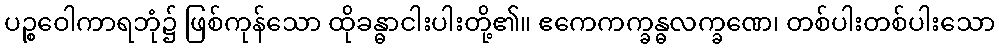
ပဉ္စဝေါကာရဘုံ၌ ဖြစ်ကုန်သော ထိုခန္ဓာငါးပါးတို့၏။ ဧကေကက္ခန္ဓလက္ခဏေ၊ တစ်ပါးတစ်ပါးသော